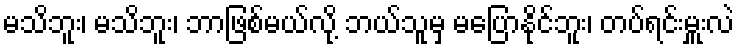
မသိဘူး၊ မသိဘူး၊ ဘာဖြစ်မယ်လို့ ဘယ်သူမှ မပြောနိုင်ဘူး၊ တပ်ရင်းမှူးလဲ